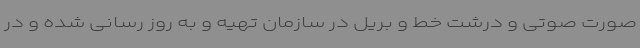
صورت صوتی و درشت خط و بریل در سازمان تهیه و به روز رسانی شده و در